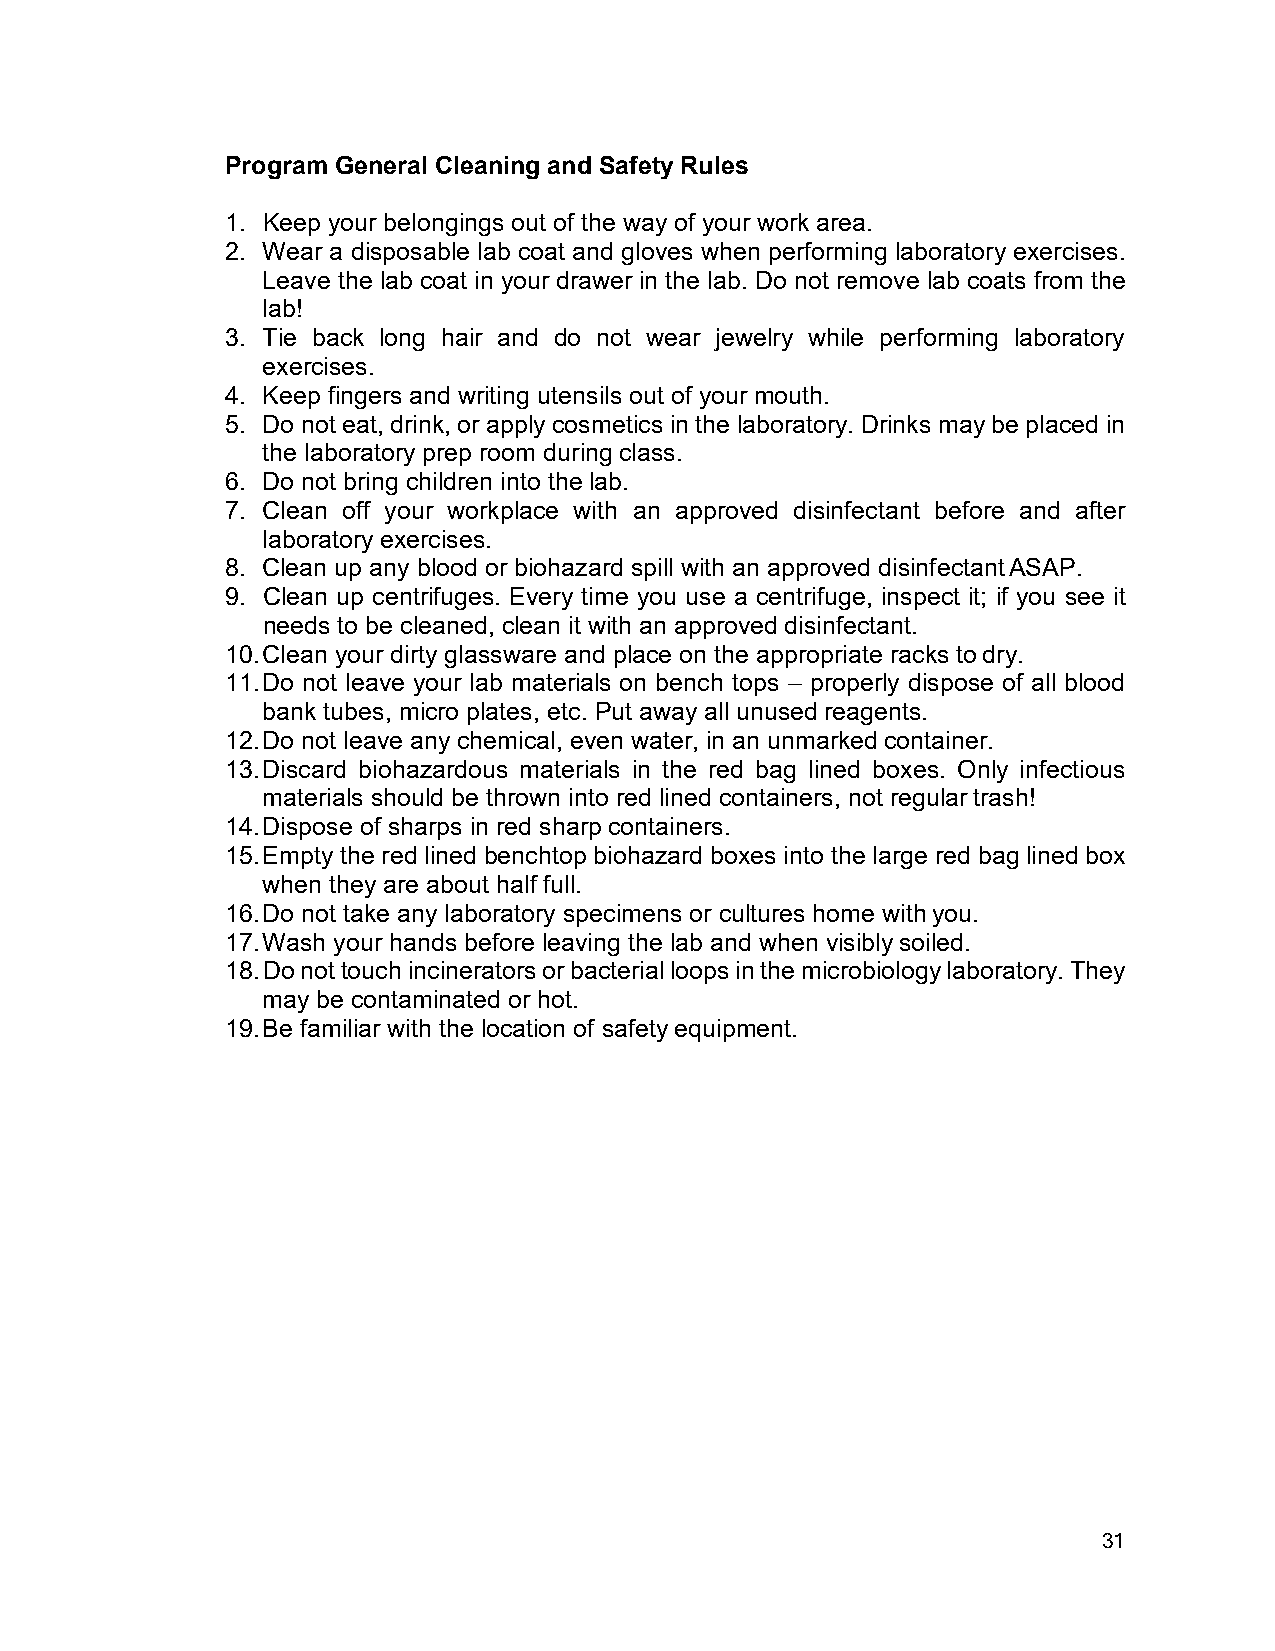
Program General Cleaning and Safety Rules
 1. Keep your belongings out of the way of your work area.
 2. Wear a disposable lab coat and gloves when performing laboratory exercises.
 Leave the lab coat in your drawer in the lab. Do not remove lab coats from the
 lab!
 3. Tie back long hair and do not wear jewelry while performing laboratory
 exercises.
 4. Keep fingers and writing utensils out of your mouth.
 5. Do not eat, drink, or apply cosmetics in the laboratory. Drinks may be placed in
 the laboratory prep room during class.
 6. Do not bring children into the lab.
 7. Clean off your workplace with an approved disinfectant before and after
 laboratory exercises.
 8. Clean up any blood or biohazard spill with an approved disinfectant ASAP.
 9. Clean up centrifuges. Every time you use a centrifuge, inspect it; if you see it
 needs to be cleaned, clean it with an approved disinfectant.
 10. Clean your dirty glassware and place on the appropriate racks to dry.
 11. Do not leave your lab materials on bench tops – properly dispose of all blood
 bank tubes, micro plates, etc. Put away all unused reagents.
 12. Do not leave any chemical, even water, in an unmarked container.
 13. Discard biohazardous materials in the red bag lined boxes. Only infectious
 materials should be thrown into red lined containers, not regular trash!
 14. Dispose of sharps in red sharp containers.
 15. Empty the red lined benchtop biohazard boxes into the large red bag lined box
 when they are about half full.
 16. Do not take any laboratory specimens or cultures home with you.
 17. Wash your hands before leaving the lab and when visibly soiled.
 18. Do not touch incinerators or bacterial loops in the microbiology laboratory. They
 may be contaminated or hot.
 19. Be familiar with the location of safety equipment.
 31